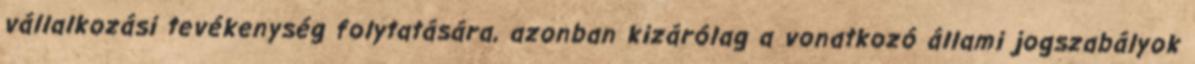
vállalkozási tevékenység folytatására, azonban kizárólag a vonatkozó állami jogszabályok